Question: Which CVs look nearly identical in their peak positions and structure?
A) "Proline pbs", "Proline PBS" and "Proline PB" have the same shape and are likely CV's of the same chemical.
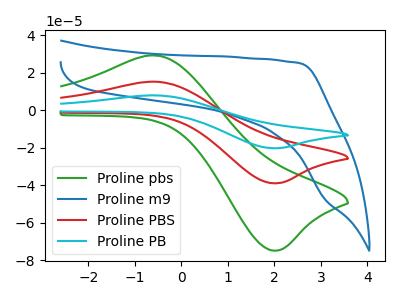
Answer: <think>The green curve "Proline pbs" has an anodic peak at (-0.55V, 29.15uA) and a cathodic peak at (1.95V, -74.85uA). The blue curve "Proline m9" has no peaks. The red curve "Proline PBS" has an anodic peak at (-0.55V, 15.15uA) and a cathodic peak at (1.95V, -38.95uA). The cyan curve "Proline PB" has an anodic peak at (-0.55V, 30.30uA) and a cathodic peak at (1.95V, -77.90uA).
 "Proline pbs" and "Proline m9" have a different number of peaks. All the peaks in "Proline pbs" have a peak in "Proline PBS" at the same potential. Every peak in "Proline pbs" is higher than every peak in "Proline PBS". All the peaks in "Proline pbs" have a peak in "Proline PB" at the same potential. Every peak in "Proline pbs" is lower than every peak in "Proline PB". "Proline m9" and "Proline PBS" have a different number of peaks. "Proline m9" and "Proline PB" have a different number of peaks. All the peaks in "Proline PBS" have a peak in "Proline PB" at the same potential. Every peak in "Proline PBS" is lower than every peak in "Proline PB".</think>
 <answer>A) "Proline pbs", "Proline PBS" and "Proline PB" have the same shape and are likely CV's of the same chemical.</answer>
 <eval>A</eval>